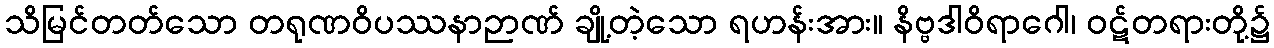
သိမြင်တတ်သော တရုဏဝိပဿနာဉာဏ် ချို့တဲ့သော ရဟန်းအား။ နိဗ္ဗဒါဝိရာဂေါ၊ ဝဋ်တရားတို့၌